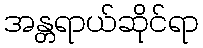
အန္တရာယ်ဆိုင်ရာ